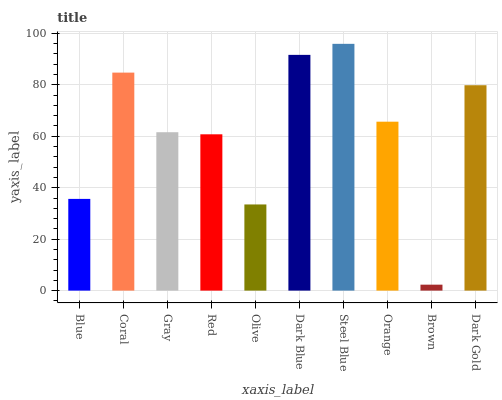
| xaxis_label | bars |
 | --- | --- |
 | Blue | 35.7 |
 | Coral | 84.7 |
 | Gray | 61.6 |
 | Red | 60.8 |
 | Olive | 33.5 |
 | Dark Blue | 91.6 |
 | Steel Blue | 95.9 |
 | Orange | 65.7 |
 | Brown | 2.31 |
 | Dark Gold | 79.8 |